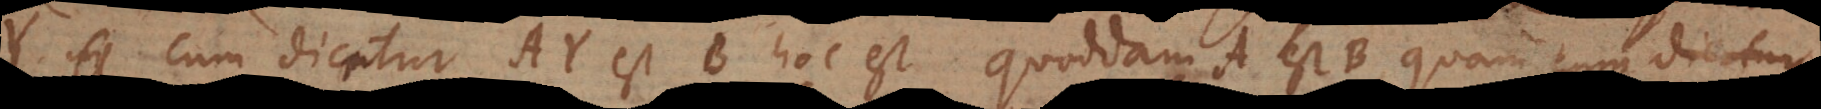
Y cum dicatur AY est B hoc est quoddam A est B, quam cum dicatur